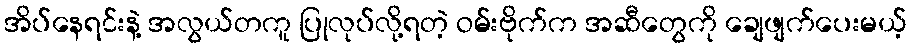
အိပ်နေရင်းနဲ့ အလွယ်တကူ ပြုလုပ်လို့ရတဲ့ ဝမ်းဗိုက်က အဆီတွေကို ချေဖျက်ပေးမယ့်